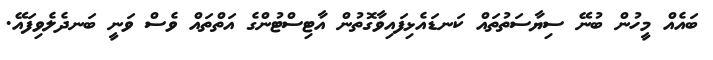
ބައެއް މީހުން ބުނޭ ސިޔާސަތުތައް ކަނޑައެޅިފައިވާގޮތުން އާޓިސްޓުންގެ އަތްތައް ވެސް ވަނީ ބަނދެލެވިފައޭ.